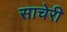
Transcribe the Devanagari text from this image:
साचेरी